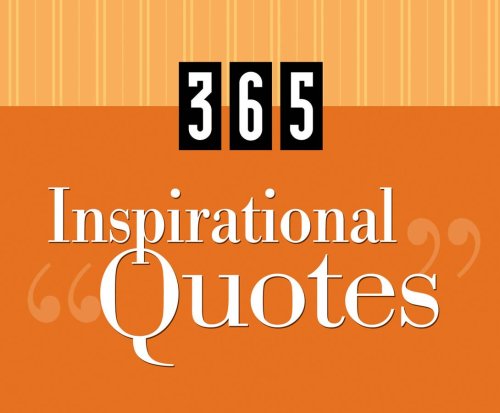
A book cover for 365 Inspirational Quotes (365 Perpetual Calendars); Barbour Publishing; Calendars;